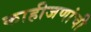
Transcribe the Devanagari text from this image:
काहीजणांची